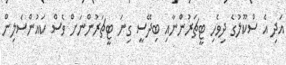
އަދި އެ ސްކޫލުގެ ދިވެހި ޓީޗަރުންނާއި ބިދޭސީ ގިނަ ޓީޗަރުންނަށް ވެސް ކައުންސެލިން